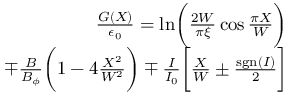
\begin{array} { r l r } & { } & { \frac { G ( X ) } { \epsilon _ { 0 } } = \ln \biggl ( \frac { 2 W } { \pi \xi } \cos \frac { \pi X } { W } \biggr ) } \\ & { } & { \mp \frac { B } { B _ { \phi } } \biggl ( 1 - 4 \frac { X ^ { 2 } } { W ^ { 2 } } \biggr ) \mp \frac { I } { I _ { 0 } } \biggl [ \frac { X } { W } \pm \frac { \mathrm { s g n } ( I ) } { 2 } \biggr ] } \end{array}